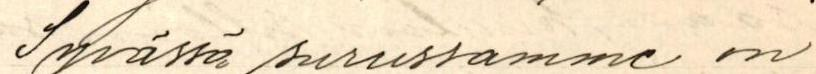
Syvässä surussamme on